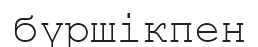
бүршікпен